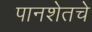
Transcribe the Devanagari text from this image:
पानशेतचे